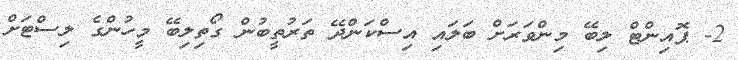
2- ޕޮއިންޓް ލިބޭ މިންވަރަށް ބަލައި އިސްކަންދޭ ތަރުތީބުން ގޯތިލިބޭ މީހުންގެ ލިސްޓަށް